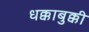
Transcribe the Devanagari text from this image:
धक्काबुक्की